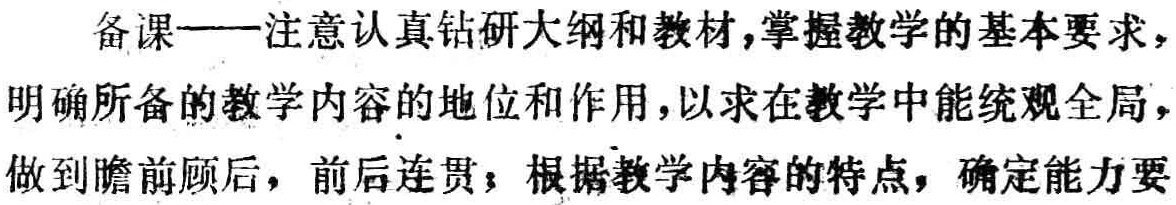
备课——注意认真钻研大纲和教材,掌握教学的基本要求,明确所备的教学内容的地位和作用,以求在教学中能统观全局,做到瞻前顾后, 前后连贯；根据教学内容的特点，确定能力要